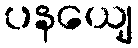
ပနယျေ